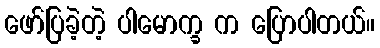
ဖော်ပြခဲ့တဲ့ ပါမောက္ခ က ပြောပါတယ်။